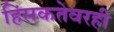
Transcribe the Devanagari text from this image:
हिंसकतेवरही